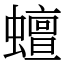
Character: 蟺